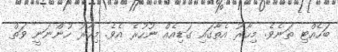
ބަހެއްޓި ތަނެވެ. މިހާރު އެތާގައި ގަޑިއެއް ނުހުރެ އެވެ. މިހާރު ހުންނަނީ ވަތް